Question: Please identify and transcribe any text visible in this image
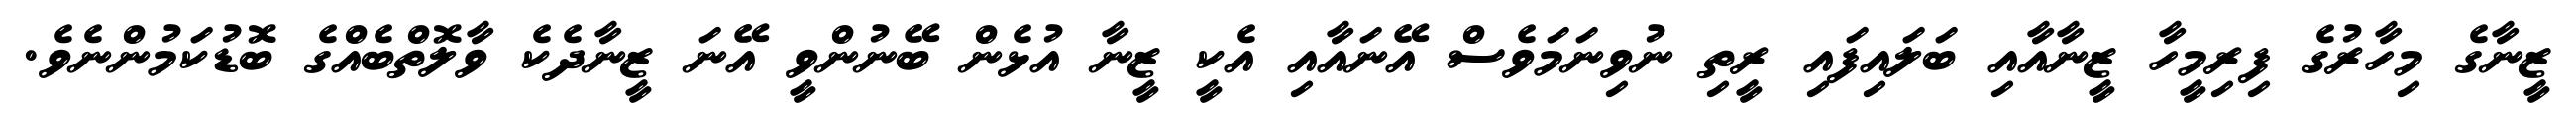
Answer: ޒީނާގެ މިހާރުގެ ފިރިމީހާ ޒީނާއާއި ބަލައިފައި ރީތި ނުވިނަމަވެސް އޭނައާއި އެކީ ޒީނާ އުޅެން ބޭނުންވީ އޭނަ ޒީނާދެކެ ވާލޮތްބެއްގެ ބޮޑުކަމުންނެވެ.